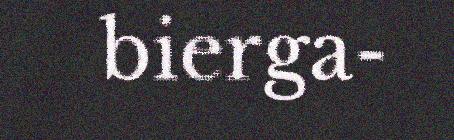
bierga-